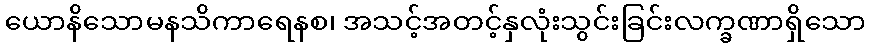
ယောနိသောမနသိကာရေနစ၊ အသင့်အတင့်နှလုံးသွင်းခြင်းလက္ခဏာရှိသော